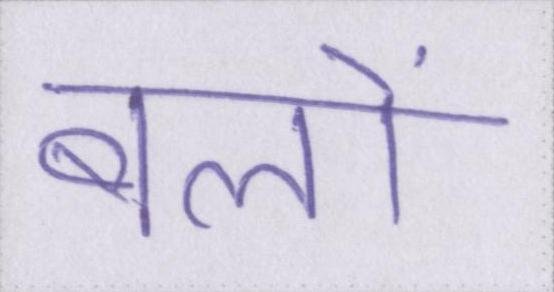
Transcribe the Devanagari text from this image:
बलों